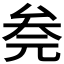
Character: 𰆮